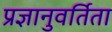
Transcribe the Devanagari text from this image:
प्रज्ञानुवर्तिता